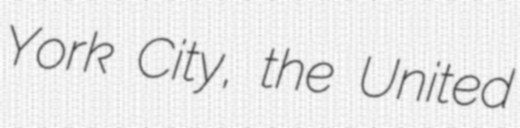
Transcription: York City, the United